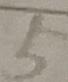
5